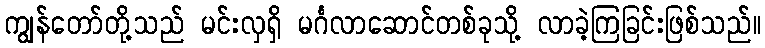
ကျွန်တော်တို့သည် မင်းလှရှိ မင်္ဂလာဆောင်တစ်ခုသို့ လာခဲ့ကြခြင်းဖြစ်သည်။